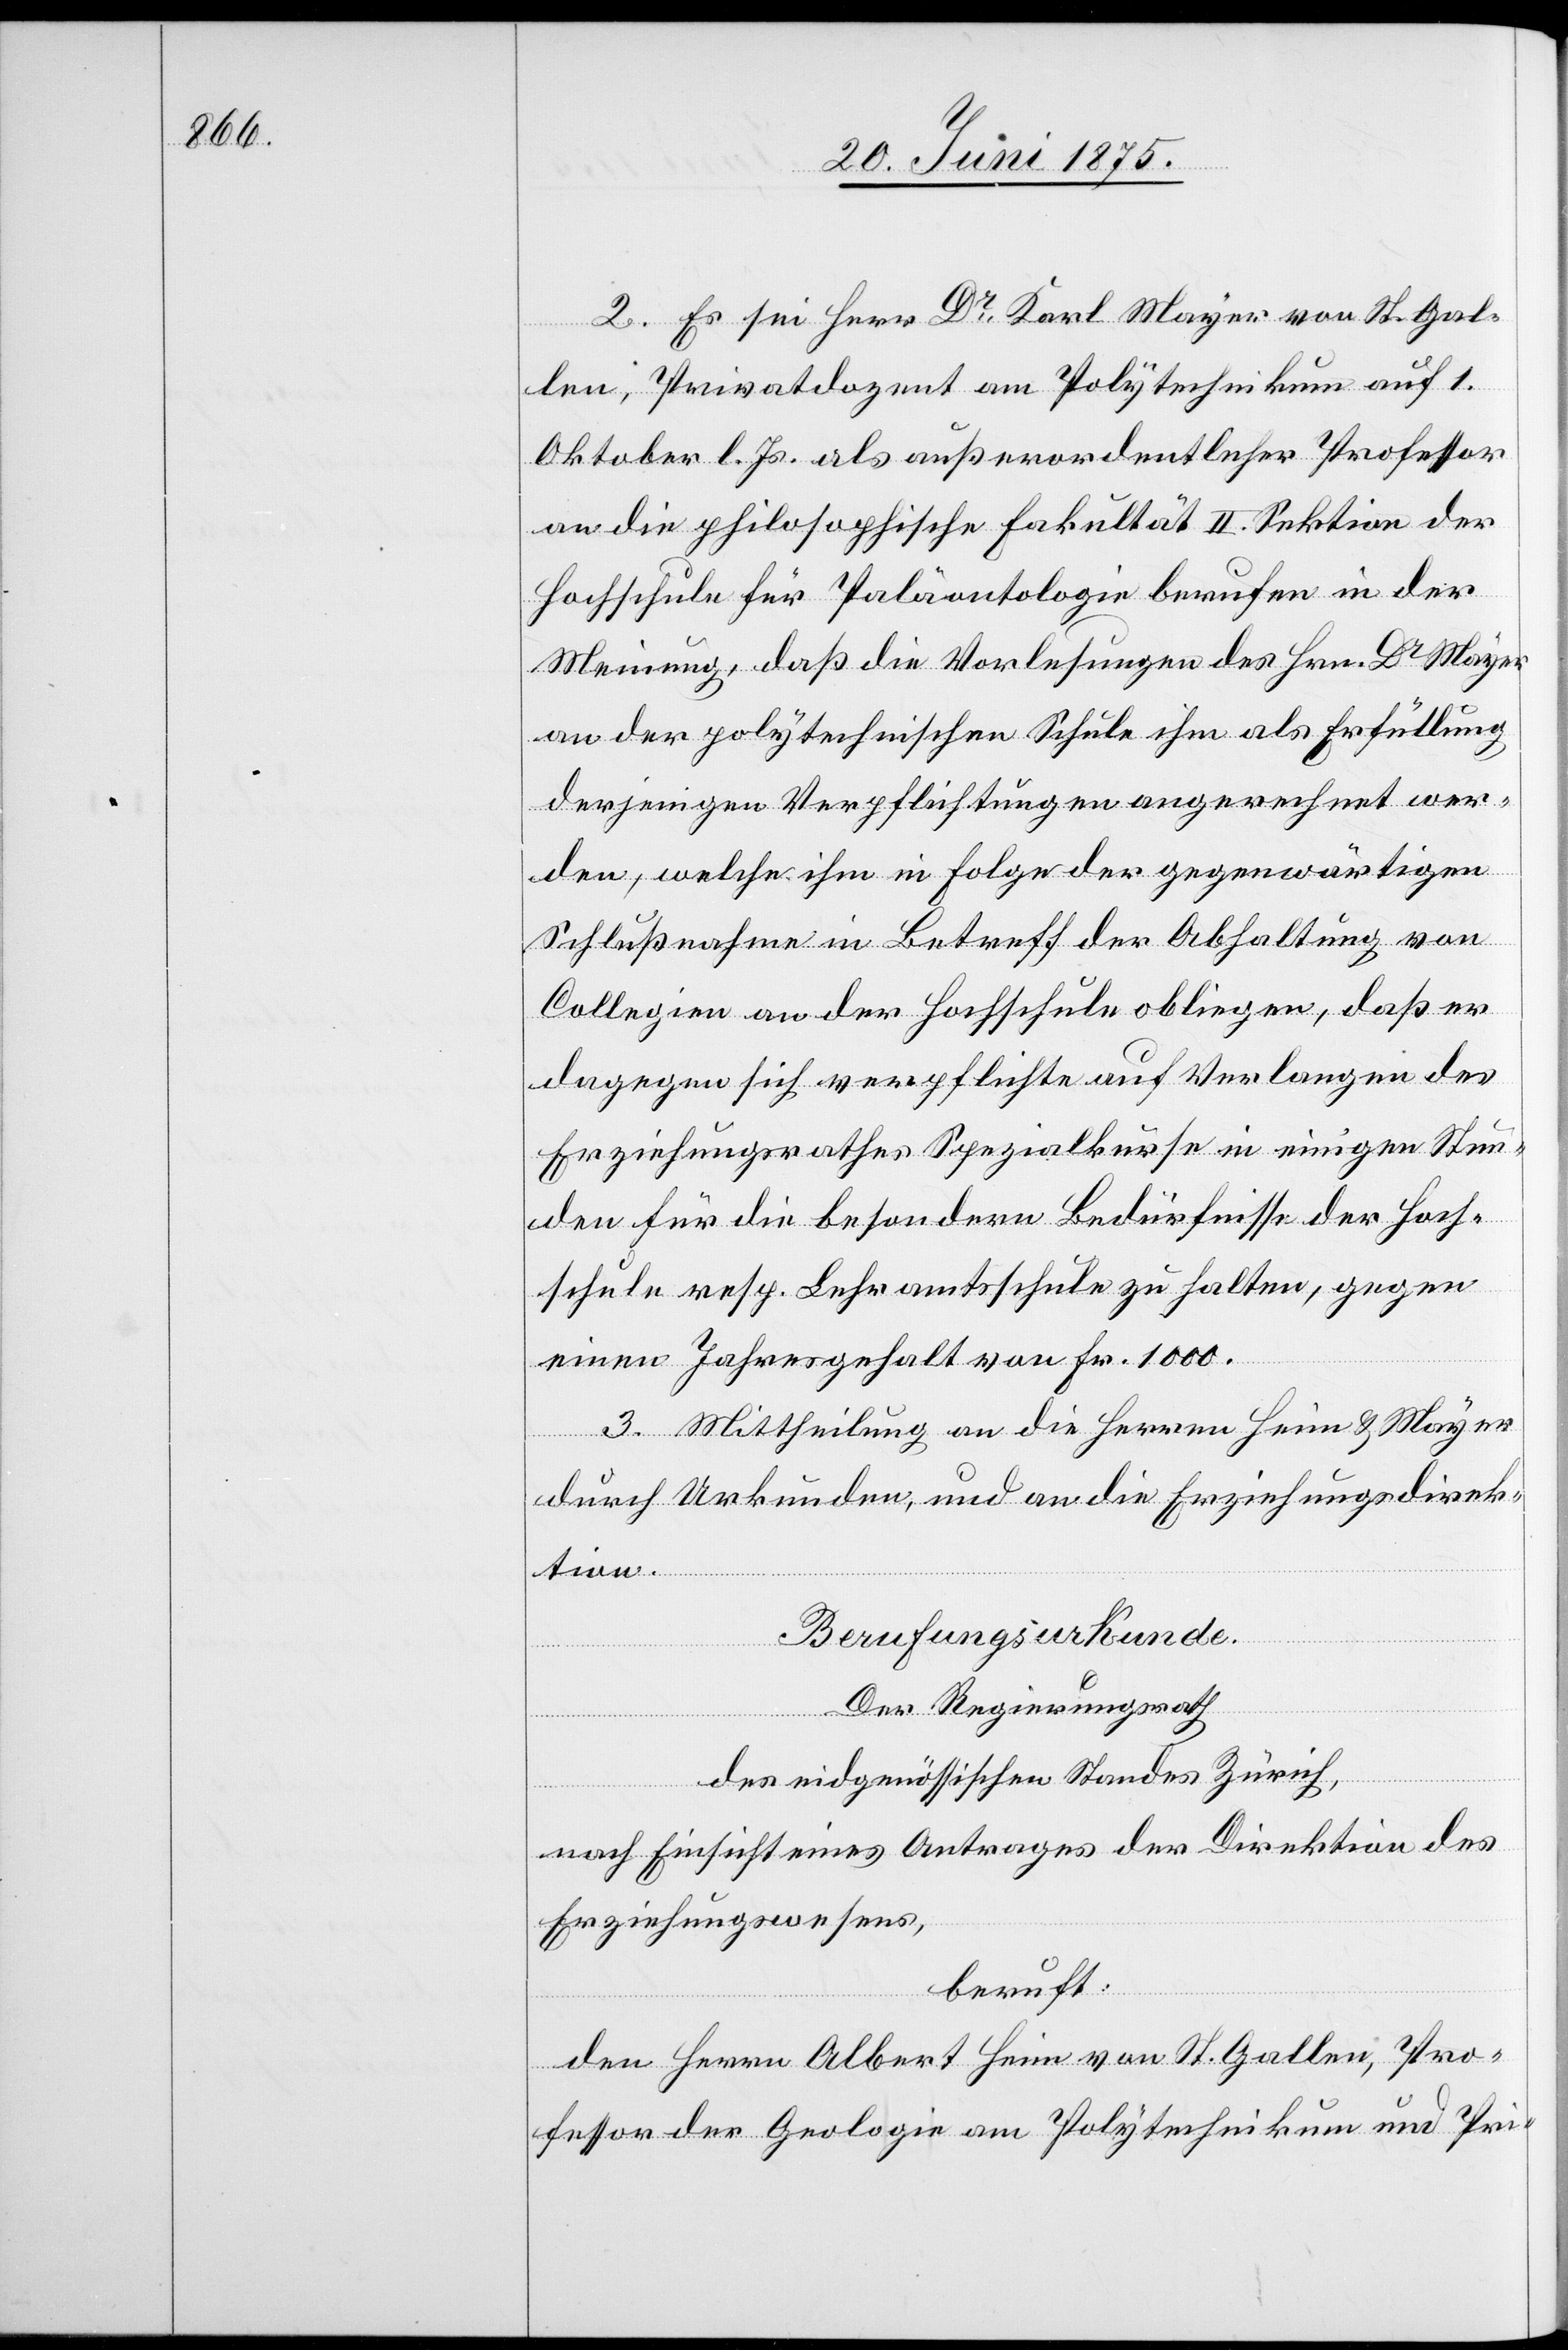
2. Es sei Herr Dr Karl Mayer von St. Gal¬
len, Privatdozent am Polytechnikum auf 1.
Oktober l. Js. als außerordentlicher Professor
an die philosophische Fakultät II. Sektion der
Hochschule für Paläontologie berufen in der
Meinung, daß die Vorlesungen des Hrn. Dr Mayer
an der polytechnischen Schule ihm als Erfüllung
derjenigen Verpflichtungen angerechnet wer¬
den, welche ihm in Folge der gegenwärtigen
Schlußnahme in Betreff der Abhaltung von
Collegien an der Hochschule obliegen, daß er
dagegen sich verpflichte auf Verlangen des
Erziehungsrathes Spezialkurse in einigen Stun¬
den für die besondern Bedürfnisse der Hoch¬
schule resp. Lehramtsschule zu halten, gegen
einen Jahresgehalt von Fr. 1000.
3. Mittheilung an die Herren Heim & Mayer
durch Urkunden, und an die Erziehungsdirek¬
tion.
Berufungsurkunde.
Der Regierungsrath,
des eidgenössischen Standes Zürich,
nach Einsicht eines Antrages der Direktion des
Erziehungswesens,
beruft:
den Herrn Albert Heim von St. Gallen, Pro¬
fessor der Geologie am Polytechnikum und Pri-